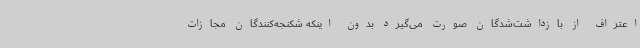
اعتراف از بازداشت‌شدگان صورت می‌گیرد بدون اینکه شکنجه‌کنندگان مجازات